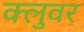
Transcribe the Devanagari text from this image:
क्लुवर